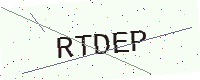
Text: RTDEP